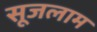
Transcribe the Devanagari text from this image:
सूजलाम